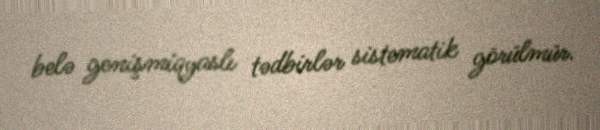
belə genişmiqyaslı tədbirlər sistematik görülmür.